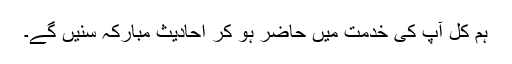
ہم کل آپ کی خدمت میں حاضر ہو کر احادیثِ مبارکہ سنیں گے۔